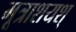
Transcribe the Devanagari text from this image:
मूत्राशयश्